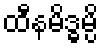
ထီနမိဒ္ဓမ္ပိ